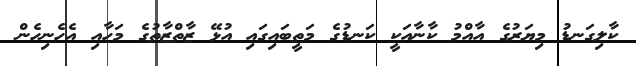
ކާލިގަނޑު މިޔަރުގެ އާއްމު ކާނާއަކީ ކަނޑުގެ މަތީބައިގައި އުޅޭ ޒާތްޒާތުގެ މަހާއި އެހެނިހެން